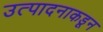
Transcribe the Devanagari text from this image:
उत्पादनाकडून